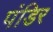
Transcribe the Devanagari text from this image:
पंडिर